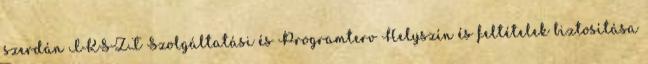
szerdán IKSZT Szolgáltatási és Programterv Helyszín és feltételek biztosítása